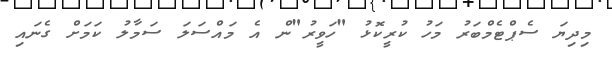
މިދިޔަ ސެޕްޓެމްބަރު މަހު ކުރީކޮޅު "ހަވީރު"ން އެ މައްސަލަ ސަމާލު ކަމަށް ގެނައި